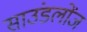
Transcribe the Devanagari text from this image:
साउंडलोंज